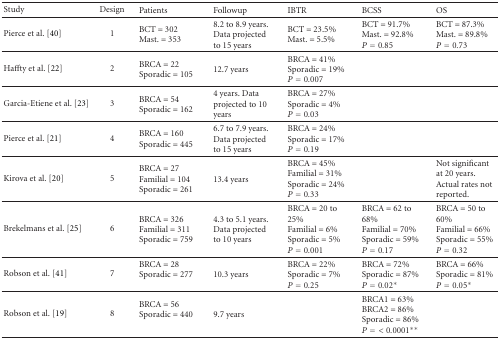
| Study | Design | Patients | Followup | IBTR | BCSS | OS |
 | --- | --- | --- | --- | --- | --- | --- |
 | Pierce et al. [40] | 1 | BCT = 302 Mast. = 353 | 8.2 to 8.9 years. Data projected to 15 years | BCT = 23.5%Mast. = 5.5% | BCT = 91.7%Mast. = 92.8%P = 0.85 | BCT = 87.3%Mast. = 89.8%P = 0.73 |
 | Haffty et al. [22] | 2 | BRCA = 22 Sporadic = 105 | 12.7 years | BRCA = 41%Sporadic = 19%P = 0.007 |  |  |
 | Garcia-Etiene et al. [23] | 3 | BRCA = 54Sporadic = 162 | 4 years. Data projected to 10 years | BRCA = 27%Sporadic = 4%P = 0.03 |  |  |
 | Pierce et al. [21] | 4 | BRCA = 160 Sporadic = 445 | 6.7 to 7.9 years. Data projected to 15 years | BRCA = 24%Sporadic = 17%P = 0.19 |  |  |
 | Kirova et al. [20] | 5 | BRCA = 27Familial = 104Sporadic = 261 | 13.4 years | BRCA = 45%Familial = 31%Sporadic = 24%P = 0.33 |  | Not significant at 20 years. Actual rates not reported. |
 | Brekelmans et al. [25] | 6 | BRCA = 326Familial = 311Sporadic = 759 | 4.3 to 5.1 years. Data projected to 10 years | BRCA = 20 to 25%Familial = 6%Sporadic = 5%P = 0.001 | BRCA = 62 to 68%Familial = 70%Sporadic = 59%P = 0.17 | BRCA = 50 to 60%Familial = 66%Sporadic = 55%P = 0.32 |
 | Robson et al. [41] | 7 | BRCA = 28Sporadic = 277 | 10.3 years | BRCA = 22%Sporadic = 7%P = 0.25 | BRCA = 72%Sporadic = 87%P = 0.02* | BRCA = 66%Sporadic = 81%P = 0.05* |
 | Robson et al. [19] | 8 | BRCA = 56Sporadic = 440 | 9.7 years |  | BRCA1 = 63%BRCA2 = 86%Sporadic = 86%P = < 0.0001** |  |